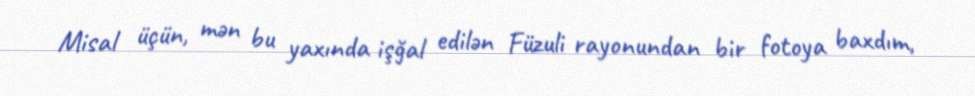
Misal üçün, mən bu yaxında işğal edilən Füzuli rayonundan bir fotoya baxdım,